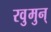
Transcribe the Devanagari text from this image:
रवुुमुन्